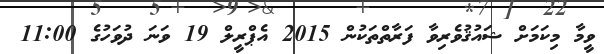
ވީމާ މިކަމަށް ޝައުޤުވެރިވާ ފަރާތްތަކުން 2015 އެޕްރީލް 19 ވަނަ ދުވަހުގެ 11:00